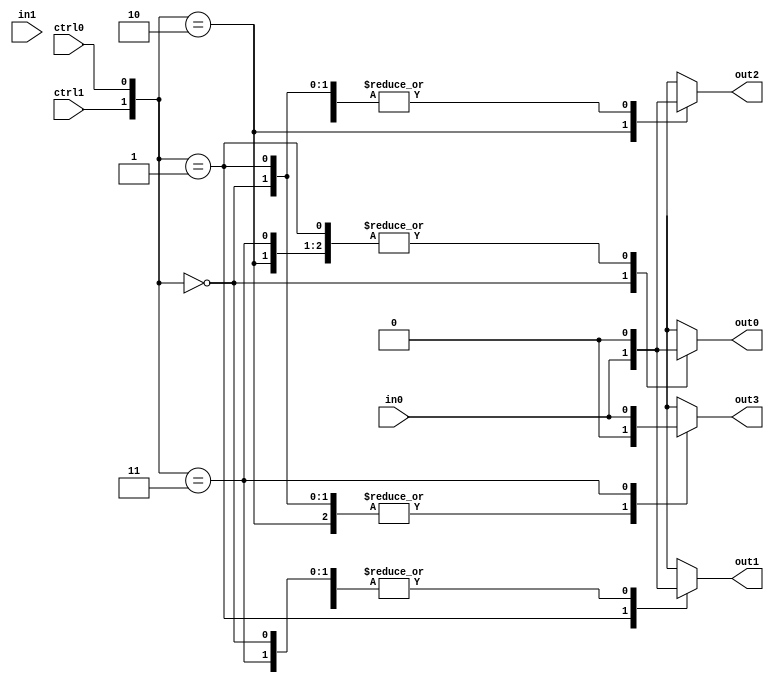
module demux2to4(input wire in0, input wire in1, input wire ctrl0, input wire ctrl1, 
                 output reg out0, output reg out1, output reg out2, output reg out3);

always @*
begin
    case ({ctrl1, ctrl0})
        2'b00: begin
            out0 = in0; out1 = 1'b0; out2 = 1'b0; out3 = 1'b0;
        end
        2'b01: begin
            out0 = 1'b0; out1 = in0; out2 = 1'b0; out3 = 1'b0;
        end
        2'b10: begin
            out0 = 1'b0; out1 = 1'b0; out2 = in0; out3 = 1'b0;
        end
        2'b11: begin
            out0 = 1'b0; out1 = 1'b0; out2 = 1'b0; out3 = in0;
        end
    endcase
end
endmodule